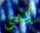
إيدي